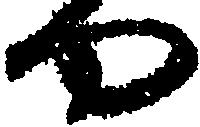
や